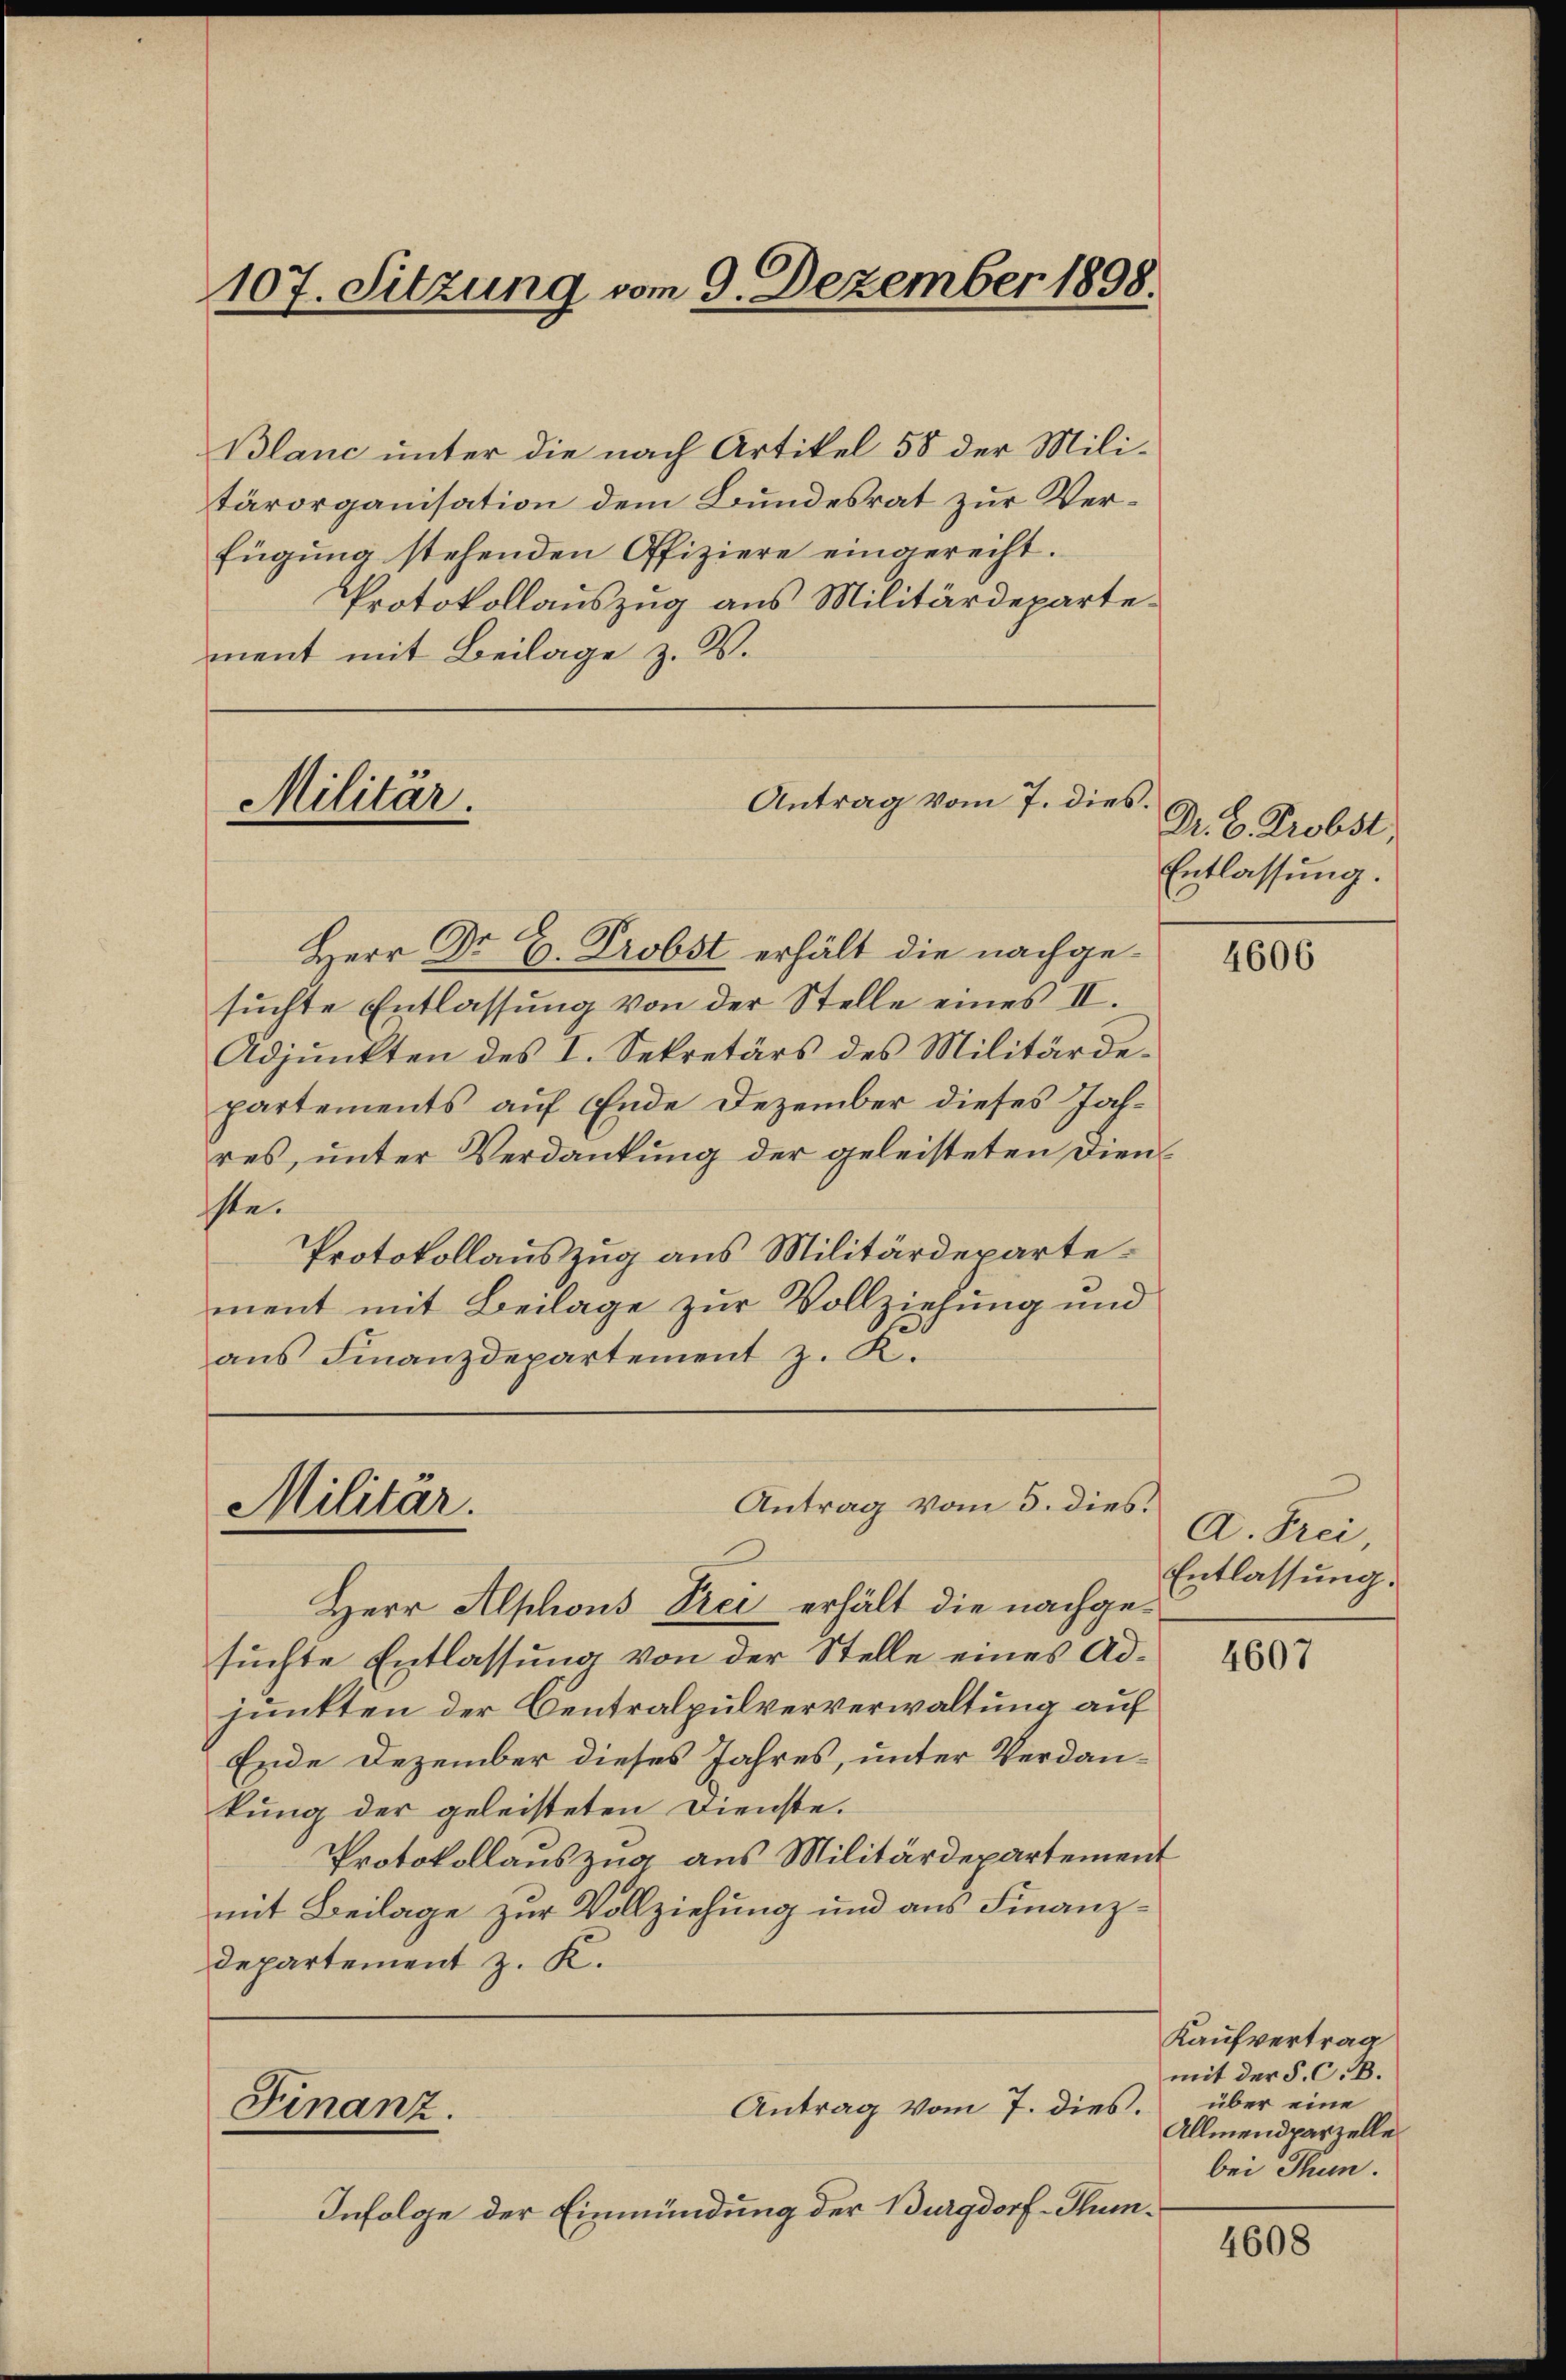
107. Sitzung vom 9. Dezember 1898.

Blanc unter die nach Artikel 58 der Mili-
tärorganisation dem Bundesrat zur Verfügŭng stehenden Offiziere eingerecht.
Protokollauszug aus Militärdeparte
ment mit Beilage z. B.

Militar.

Herr Dr. H. Probst erhält die nachgesuchte Entlassung von der Stelle eines II.
Adjunkten des I. Sekretärs des Militärdepartements auf Ende Dezember dieses Jahres, unter Verdankung der geleisteten Dienste.
Protokollauszug aus Militärdepartement mit Beilage zur Vollziehung und
aus Finanzdepartement z. K.

Antrag vom 5. dies.
Militar.

Antrag vom 7. dies.

Herr Alphons Prei erhält die nachgesuchte Entlassung von der Stelle eines Adjunkten der Centralpulververwaltung auf
Ende Dezember dieses Jahres, unter Verdankung der geleisteten Dienste.
Protokollauszug aus Militärdepartement
mit Beilage zur Vollziehung und aus Finanz¬
Departement z. K.

Antrag vom 7. dies.
Finanz.

Infolge der Einmündung der Burgdorf-Sum¬

Dr. C. Probst
Entlassung.

4606

A. Frei,
Entlassung.

4607

Kaufvertrag
mit der §. C. B.
über eine
Allmendparzelle
bei Thun.

4608